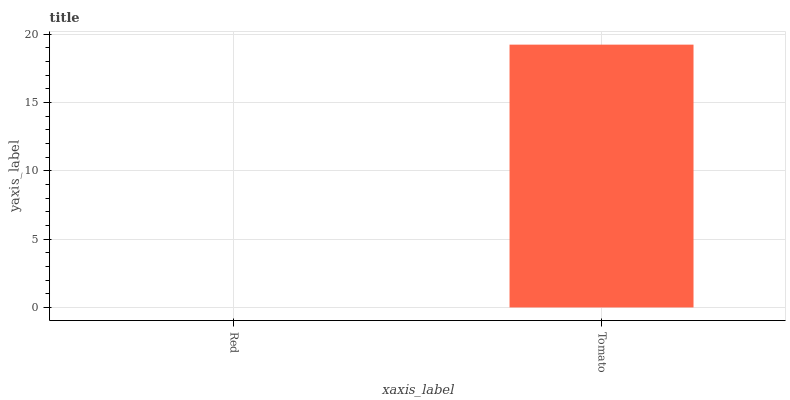
| xaxis_label | bars |
 | --- | --- |
 | Red | 0 |
 | Tomato | 19.2 |